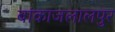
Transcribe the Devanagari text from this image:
बांकाजलालपुर